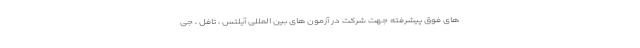
های فوق پیشرفته جهت شرکت در آزمون های بین المللی آیلتس ، تافل ، جی